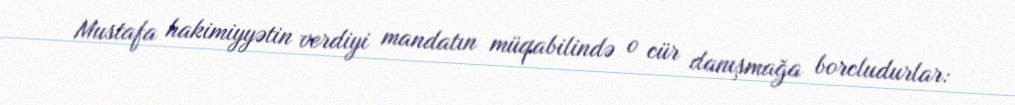
Mustafa hakimiyyətin verdiyi mandatın müqabilində o cür danışmağa borcludurlar: